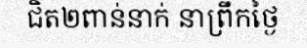
ជិត២ពាន់នាក់ នាព្រឹកថ្ងៃ